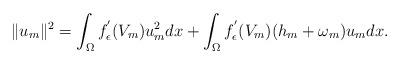
LaTeX: \begin{align*}\|u_m\|^2= \int_\Omega f_\epsilon^{'}(V_m)u_m^2dx+ \int_\Omega f_\epsilon^{'}(V_m)( h_m+\omega_m)u_mdx.\end{align*}